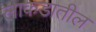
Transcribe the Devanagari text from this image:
लाकडातील